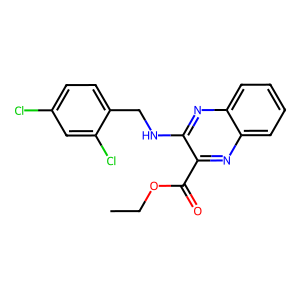
SMILES: CCOC(=O)c1nc2ccccc2nc1NCc1ccc(Cl)cc1Cl
Inhibits HIV replication: No